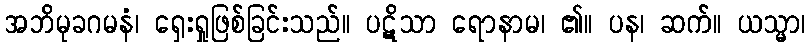
အဘိမုခဂမနံ၊ ရှေးရှုဖြစ်ခြင်းသည်။ ပဋိသာ ရောနာမ၊ ၏။ ပန၊ ဆက်။ ယသ္မာ၊